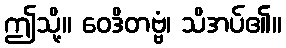
ဤသို့။ ဝေဒိတဗ္ဗံ၊ သိအပ်၏။